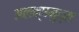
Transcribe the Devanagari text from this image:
अलक्षमुद्रा